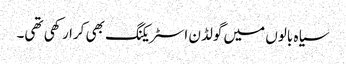
سیاہ بالوں میں گولڈن اسٹریکنگ بھی کرا رکھی تھی۔